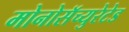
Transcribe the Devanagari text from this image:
मोनोसॅच्युरेटेड